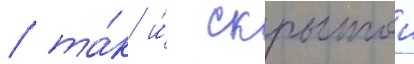
/ та́к и́ скрытои